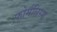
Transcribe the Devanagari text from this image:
फोर्मलिस्म